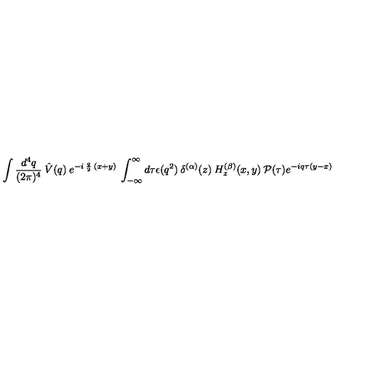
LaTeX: \int \frac { d ^ { 4 } q } { ( 2 \pi ) ^ { 4 } } \: \hat { V } ( q ) \: e ^ { - i \: \frac { q } { 2 } \: ( x + y ) } \: \int _ { - \infty } ^ { \infty } d \tau \epsilon ( q ^ { 2 } ) \: \delta ^ { ( \alpha ) } ( z ) \: H _ { z } ^ { ( \beta ) } ( x , y ) \: { \mathcal { P } } ( \tau ) e ^ { - i q \tau ( y - x ) }